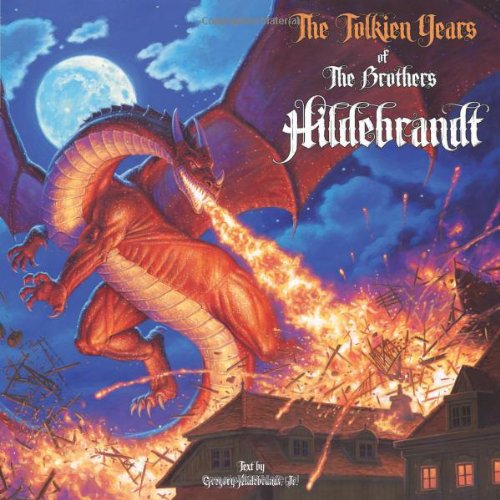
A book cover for The Tolkien Years of the Brothers Hildebrandt TP; Greg Hildebrandt Jr; Comics & Graphic Novels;